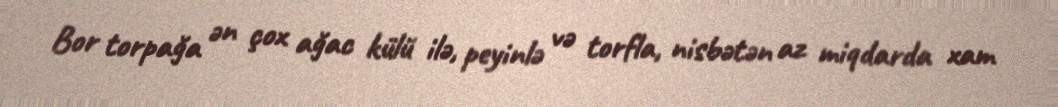
Bor torpağa ən çox ağac külü ilə, peyinlə və torfla, nisbətən az miqdarda xam